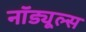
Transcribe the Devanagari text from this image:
नॉड्यूल्स